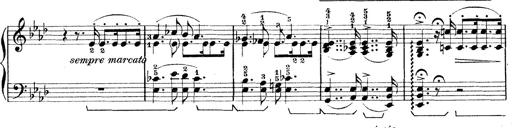
Title: Rapsodie: 19 ungheresi, 1 spagnuola
Composer: Franz Liszt